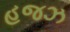
હજઝ